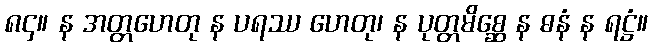
၈၄။ န အတ္တဟေတု န ပရဿ ဟေတု၊ န ပုတ္တမိစ္ဆေ န ဓနံ န ရဋ္ဌံ။